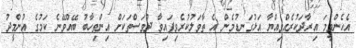
އެހެންވީމަ އިރާދަކުރެއްވިއްޔާ އަޅުގަނޑުމެން އެ ތާވަލުކުރެވިފައިވާ ދުވަސްތަކަށް އިންތިހާބު ބޭއްވޭނެ ކަމުގެ އުންމީދު